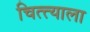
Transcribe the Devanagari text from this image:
चित्त्याला